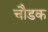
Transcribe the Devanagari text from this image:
चौडक